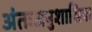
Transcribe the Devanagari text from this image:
अंतःअनुशासिक